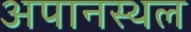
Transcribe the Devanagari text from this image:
अपानस्थल